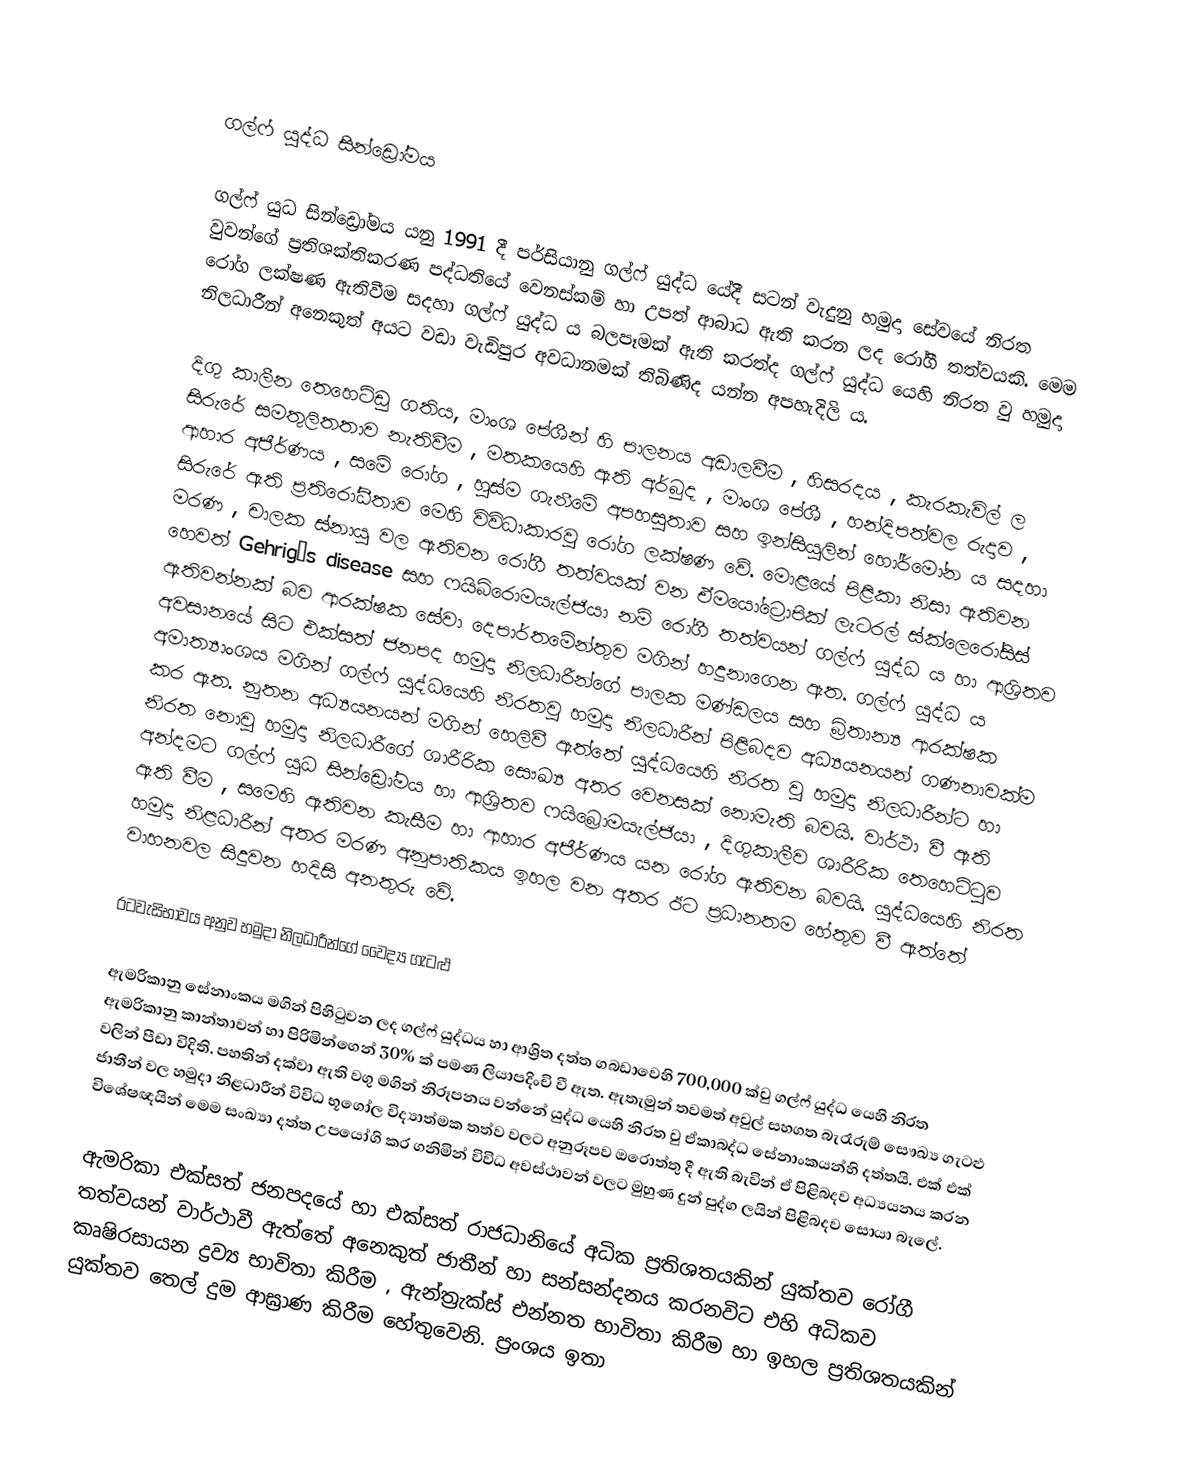

ගල්ෆ් යුද්ධ සින්ඩ්‍රෝමය

ගල්ෆ් යුධ සින්ඩ්‍රෝමය යනු 1991 දී පර්සියානු ගල්‍ෆ් යුද්ධ යේදී  සටන් වැදුනු හමුදා  සේවයේ නිරත වුවන්ගේ ප්‍රතිශක්තිකරණ පද්ධතියේ වෙනස්කම් හා උපත් ආබාධ ඇති කරන ලද රෝගී තත්වයකි. මෙම රෝග ලක්ෂණ ඇතිවීම සදහා ගල්ෆ් යුද්ධ ය බලපෑමක් ඇති කරත්ද ගල්ෆ්  යුද්ධ යෙහි  නිරත වු හමුදා නිලධාරීන් අනෙකුත් අයට වඩා වැඩිපුර අවධානමක් තිබිණිද යන්න අපහැදිලි ය.

දිගු කාලීන තෙහෙට්ඩු ගතිය, මාංශ පේශීන් හි පාලනය අඩාලවීම , හිසරදය , කැරකැවිල් ල සිරුරේ සමතුලිතතාව නැතිවීම , මතකයෙහි ඇති අර්බුද , මාංශ පේශී  , හන්දිපත්වල රුදාව , ආහාර අජීර්ණය , සමේ රෝග , හුස්ම ගැනීමේ අපහසු‍තාව සහ ඉන්සියුලින් හෝර්මෝන ය සදහා සිරුරේ ඇති ප්‍රතිරෝධීතාව මෙහි විවිධාකාරවු රෝග ලක්ෂණ වේ. මොළයේ පිළිකා නිසා ඇතිවන මරණ , චාලක ස්නායු වල ඇතිවන රෝගී තත්වයක් වන ඒමයෝට්‍රොපික් ලැටරල් ස්ක්ලෙරෝසිස් හෙවත් Gehrig’s disease  සහ ෆයි‍බ්රොමයැල්ජියා නම් රෝගී තත්වයන් ගල්ෆ් යුද්ධ ය  හා ආශ්‍රිතව ඇතිවන්නක් බව ආරක්ෂක සේවා දෙපාර්තමේන්තුව මගින් හදුනාගෙන ඇත. ගල්ෆ් යුද්ධ ය අවසානයේ සිට එක්සත් ජනපද හමුදා නිලධාරීන්ගේ පාලක මණ්ඩලය සහ බ්‍රිතාන්‍ය ආරක්ෂක අමාත්‍යාංශය මගින් ගල්ෆ් යුද්ධයෙහි නිරතවු හමුදා නිලධාරීන් පිළිබදව අධ්‍යයනයන් ගණනාවක්ම කර ඇත. නුතන අධ්‍යයනයන්  මගින් හෙලිවී ඇත්තේ යුද්ධයෙහි නිරත වු හමුදා නිලධාරීන්ට හා නිරත නොවු හමුදා නිලධාරීගේ ශාරීරික සෞඛ්‍ය අතර වෙනසක් නොමැති බවයි. වාර්ථා වී ඇති අන්දමට ගල්ෆ් යුධ   සින්ඩ්‍රෝමය හා ආශ්‍රිතව ෆයිබ්‍රොමයැල්ජියා , දිගුකාලීව ශාරීරික තෙහෙට්ටුව ඇති වීම , සමෙහි ඇතිවන කැසීම හා ආහාර අජීර්ණය යන රෝග ඇතිවන බවයි. යුද්ධයෙහි නිරත හමුදා නිළධාරීන් අතර මරණ අනුපාතිකය ඉහල වන අතර ඊට ප්‍රධානතම හේතුව වී ඇත්තේ වාහනවල සිදුවන හදිසි අනතුරු වේ.

රටවැසිභාවය අනුව හමුදා නිලධාරීන්ගේ වෛද්‍ය ගැටළු

ඇමරිකානු සේනාංකය මගින් පිහිටුවන ලද ගල්ෆ් යුද්ධය හා ආශ්‍රිත දත්ත ගබඩාවෙහි 700,000 ක්වු ගල්ෆ් යුද්ධ යෙහි නිරත ඇමරිකානු කාන්තාවන් හා පිරිමින්ගෙන්   30% ක් පමණ ලියාපදිංචි වී ඇත. ඇතැමුන් තවමත් අවුල් සහගත බැරෑරුම් සෞඛ්‍ය ගැටළු වලින් පීඩා විදිති. පහතින් දක්වා ඇති වගු මගින් නිරූපනය වන්නේ යුද්ධ යෙහි නිරත වු ඒකාබද්ධ සේනාංකයන්හි දත්තයි.  එක් එක් ජාතීන් වල හමුදා නිළධාරීන් විවිධ භූ‍ගෝල විද්‍යාත්මක තත්ව වලට අනුරූපව  ඔරොත්තු දී ඇති බැවින් ඒ පිළිබදව අධ්‍යයනය කරන විශේෂඥයින් මෙම සංඛ්‍යා දත්ත උපයෝගි කර ගනිමින් විවිධ අවස්ථාවන් වලට මුහුණ දුන් පුද්ග ලයින් පිළිබදව සොයා බැලේ.

ඇමරිකා එක්සත් ජනපදයේ හා එක්සත් රාජධානියේ අධික ප්‍රතිශතයකින් යුක්තව රෝගී තත්වයන් වාර්ථාවී ඇත්තේ අනෙකුත් ජාතීන් හා සන්සන්දනය කරනවිට එහි අධිකව කෘෂිරසායන ද්‍රව්‍ය භාවිතා කිරීම , ඇන්ත්‍රැක්ස් එන්නත භාවිතා කිරීම හා ඉහල ප්‍රතිශතයකින් යුක්තව තෙල් දුම ආඝ්‍රාණ කිරීම හේතුවෙනි. ‍ප්‍රංශය ඉතා